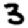
Digit: 3